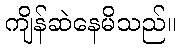
ကျိန်ဆဲနေမိသည်။